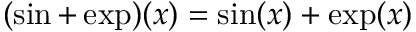
( \sin + \exp ) ( x ) = \sin ( x ) + \exp ( x )